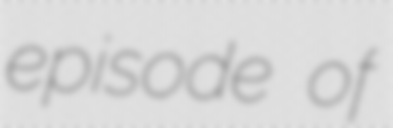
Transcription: episode of